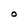
Character: O